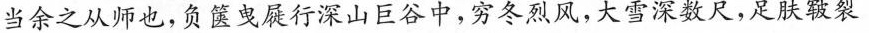
当余之从师也，负箧曳屣行深山巨谷中，穷冬烈风，大雪深数尺，足肤皲裂